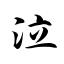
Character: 泣